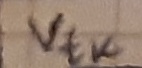
Text: Vtk